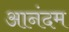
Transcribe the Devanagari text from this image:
आनंदम